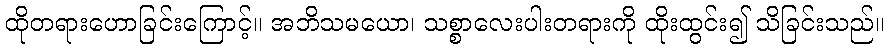
ထိုတရားဟောခြင်းကြောင့်။ အဘိသမယော၊ သစ္စာလေးပါးတရားကို ထိုးထွင်း၍ သိခြင်းသည်။